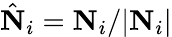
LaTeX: \hat{\mathbf N}_{i}={\mathbf N}_{i}/|{\mathbf N}_{i}|